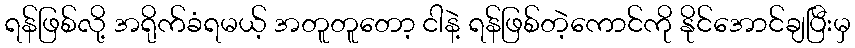
ရန်ဖြစ်လို့ အရိုက်ခံရမယ့် အတူတူတော့ ငါနဲ့ ရန်ဖြစ်တဲ့ကောင်ကို နိုင်အောင်ချပြီးမှ